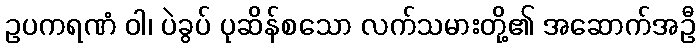
ဥပကရဏံ ဝါ၊ ပဲခွပ် ပုဆိန်စသော လက်သမားတို့၏ အဆောက်အဦ